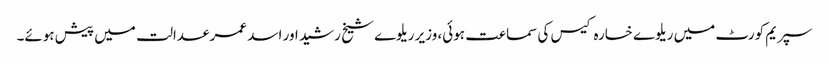
سپریم کورٹ میں ریلوے خسارہ کیس کی سماعت ہوئی، وزیر ریلوے شیخ رشید اور اسد عمر عدالت میں پیش ہوئے۔